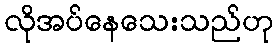
လိုအပ်နေသေးသည်ဟု